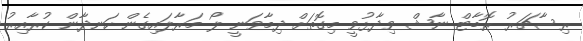
ރިސާޗަރު ރޮބާޓް ނާޝް ވިދާޅުވީ މިގޮތަށް ދިމާވަނީ ލޯ މަރާލައިގެން ހަނދާން ކުރާއިރު